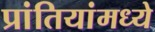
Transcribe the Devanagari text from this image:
प्रांतियांमध्ये